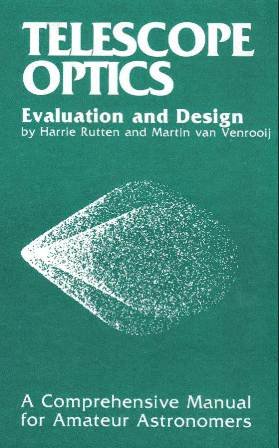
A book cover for Telescope Optics : A Comprehensive Manual for Amateur Astronomers; Harrie G. J. Rutten; Science & Math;